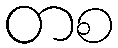
တစ